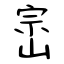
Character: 崈